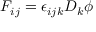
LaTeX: F _ { i j } = \epsilon _ { i j k } D _ { k } \phi